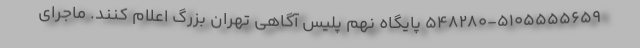
۵۴۸۲۸۰-۵۱۰۵۵۵۵۶۵۹ پایگاه نهم پلیس آگاهی تهران بزرگ اعلام کنند. ماجرای